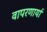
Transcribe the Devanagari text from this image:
वापरणार्या